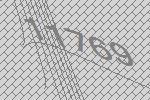
11769